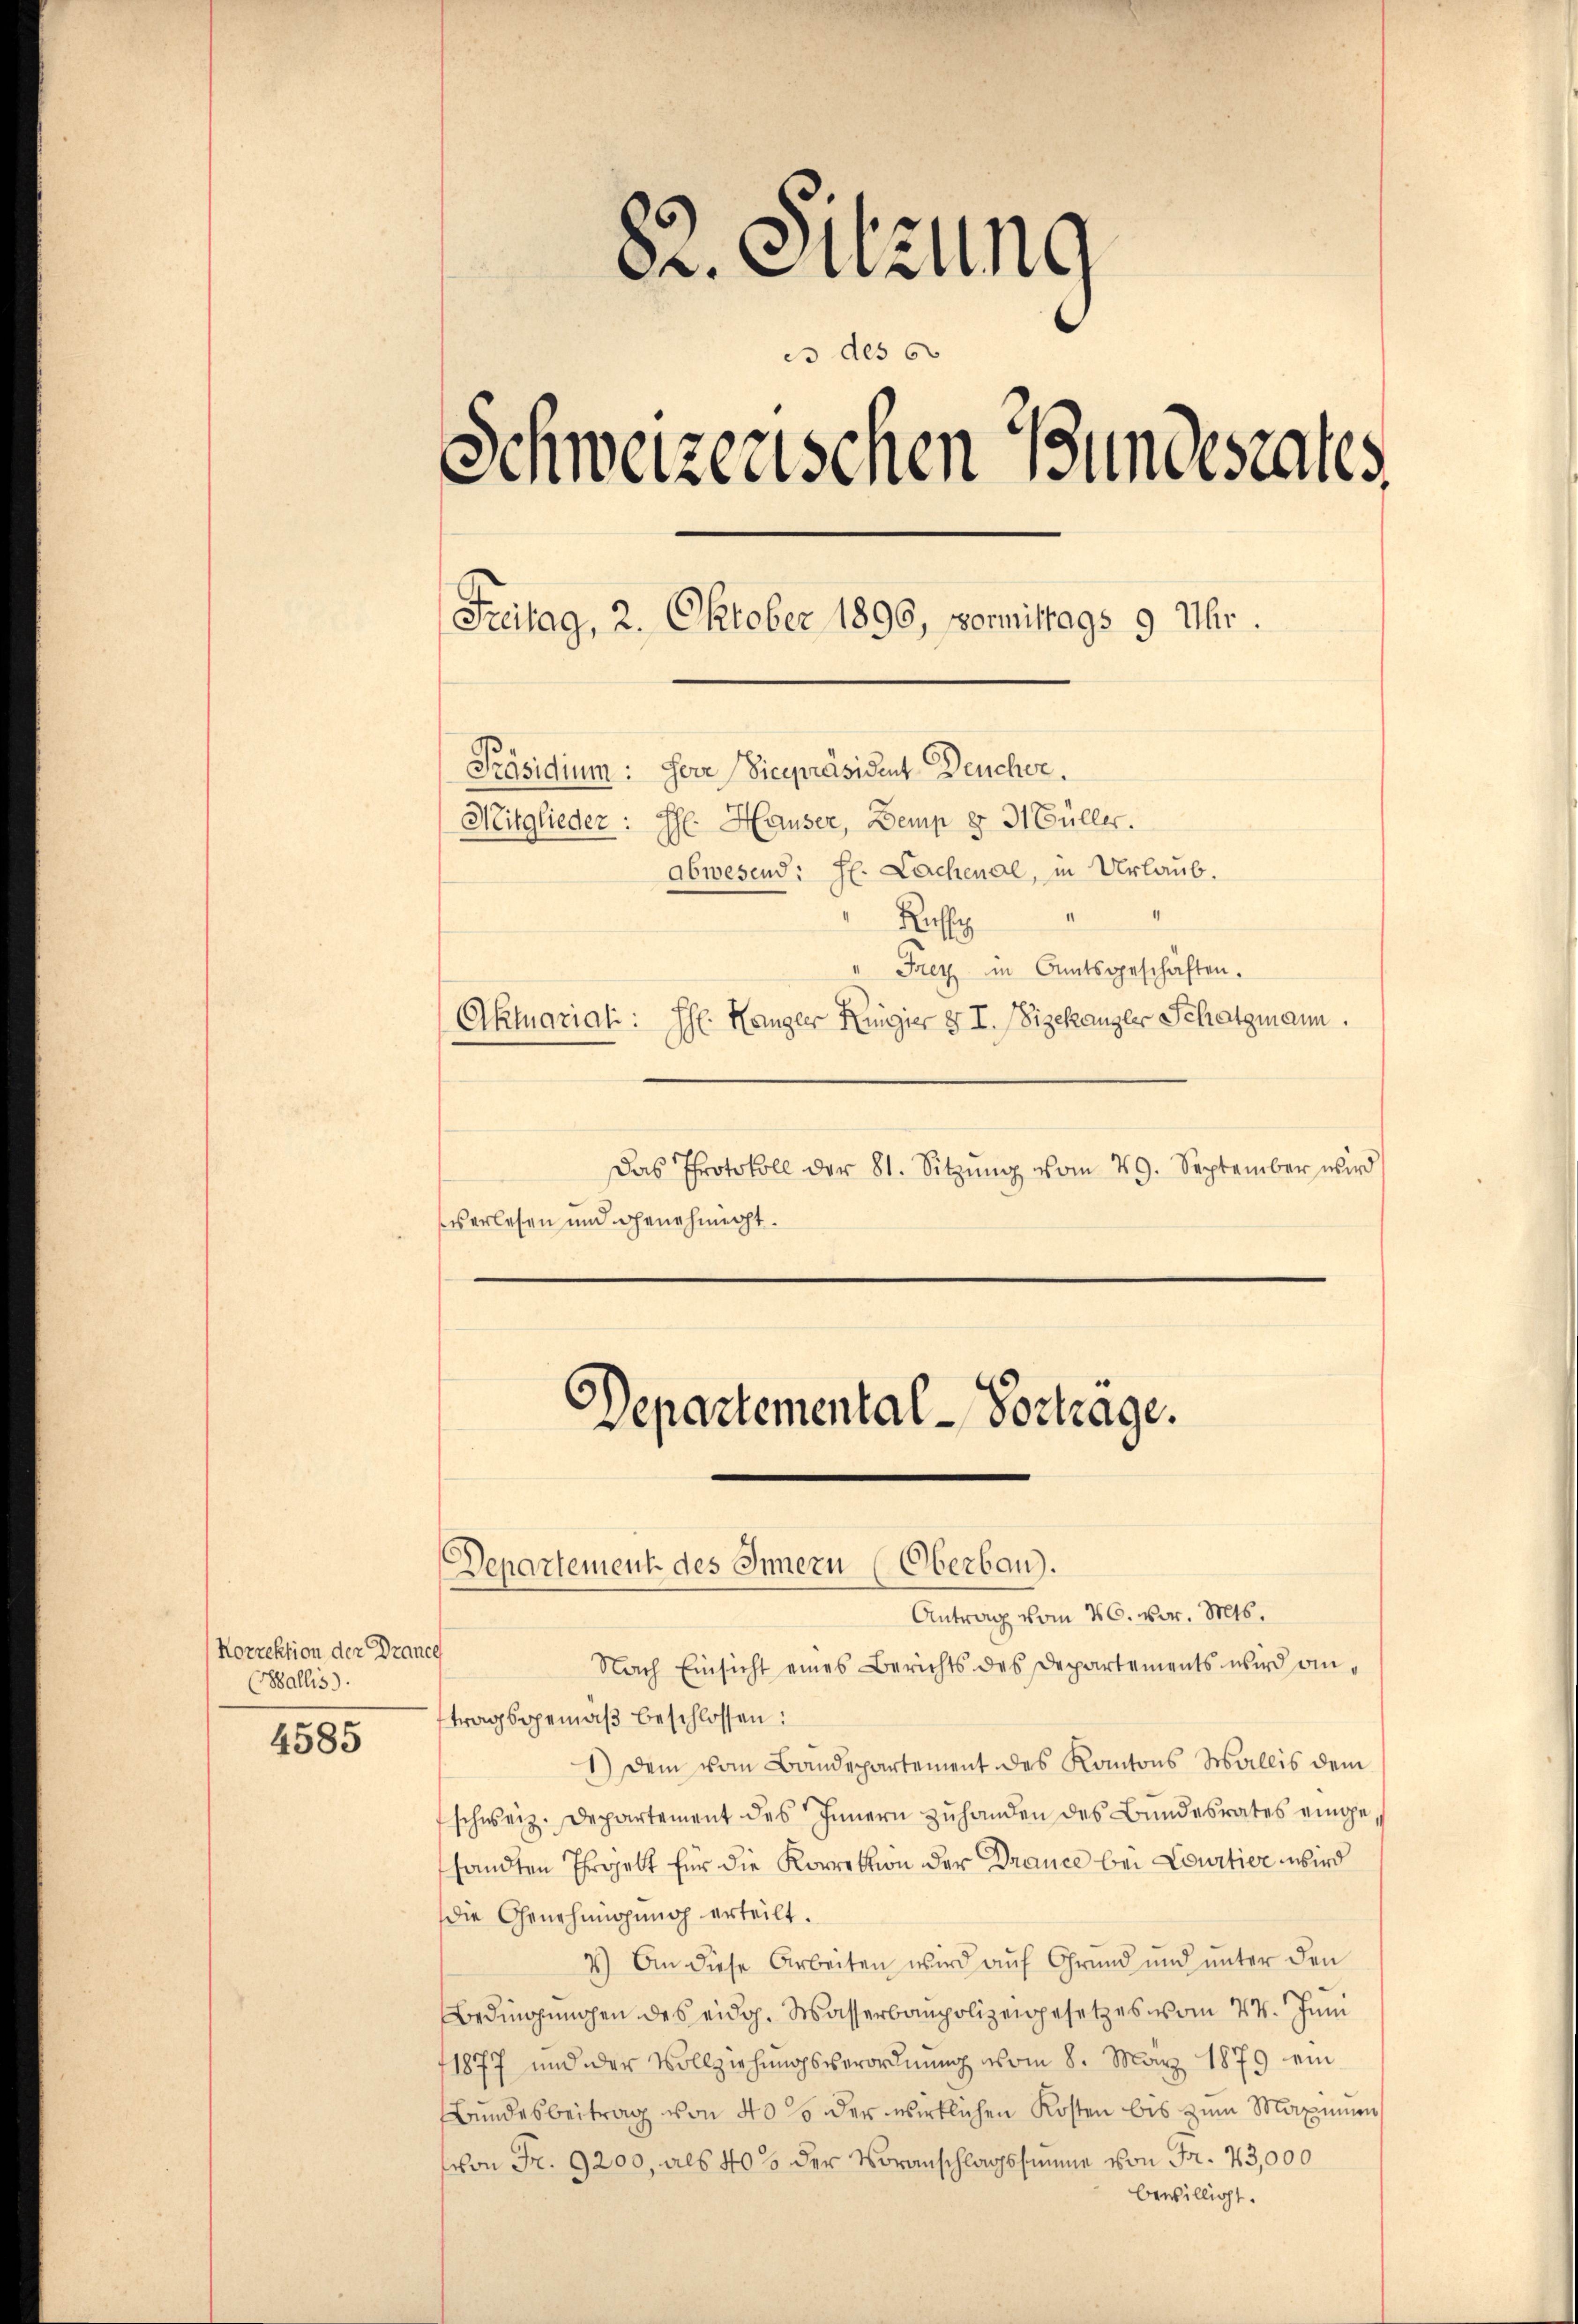
Norrektion der Drance
(Wallis).

4585

82. Sitzung
es des s
Schweizerisenen Bundesrates.
Freitag, 2. Oktober 1890, vormittags 9 Uhr.
Präsidium: Herr Vicepräsident Deucher.
Mitglieder: Hr. Hauser, Demp § 31 Füller.
abwesend: H. Lachenal, in Urlaub.
Rosse
Frey in Amtsgeschäften.
Aktuariati: Hs. Hänger Kingier § I. (Vizekanzler Schatzmann.

Das Protokoll der 81. Sitzŭng vom 29. September wird
verlesen und genehmigt.

Departemental-Vortrage.
Departement des Innern (Oberbau).

Antrag vom 26. vor. Mts.
Nach Einsicht eines Berichts des Departements wird antragsgemäß beschlossen:
1.) Dem vom Bandepartement des Kantons Wallis dem
schweiz. Departement des Innern zuhanden des Bundesrates eingesandten Ehrgelt für die Korrektion der Drance bei Courtier wird
die Genehmigung erteilt.
4.) An diese Arbeiten wird auf Grund und unter den
Bedingungen des eidg. Wasserbaupolizeigesetzes vom 24. Juni
11877 und der Vollziehungsverordnung vom 8. März 1879 ein
Bundesbeitrag von 40 so der wirklichen Kosten bis zum Maximum
von Fr. 9200, als 405 der Voranschlagssumme von Fr. 23,000
bewilligt.